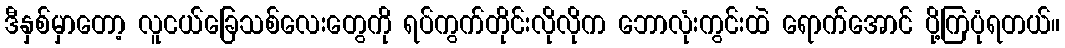
ဒီနှစ်မှာတော့ လူငယ်ခြေသစ်လေးတွေကို ရပ်ကွက်တိုင်းလိုလိုက ဘောလုံးကွင်းထဲ ရောက်အောင် ပို့ကြပုံရတယ်။